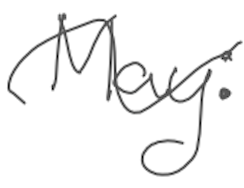
Text: May:
Cross-out: wave
Writing tool: digital_gray